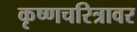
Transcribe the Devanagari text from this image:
कृष्णचरित्रावर